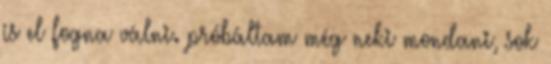
is el fogna válni. próbáltam még neki mondani, sok